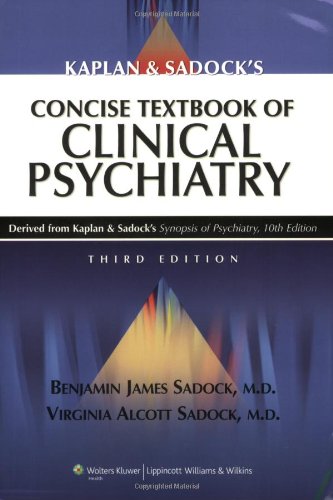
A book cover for Kaplan and Sadock's Concise Textbook of Clinical Psychiatry, 3rd Edition; Benjamin J. Sadock; Medical Books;